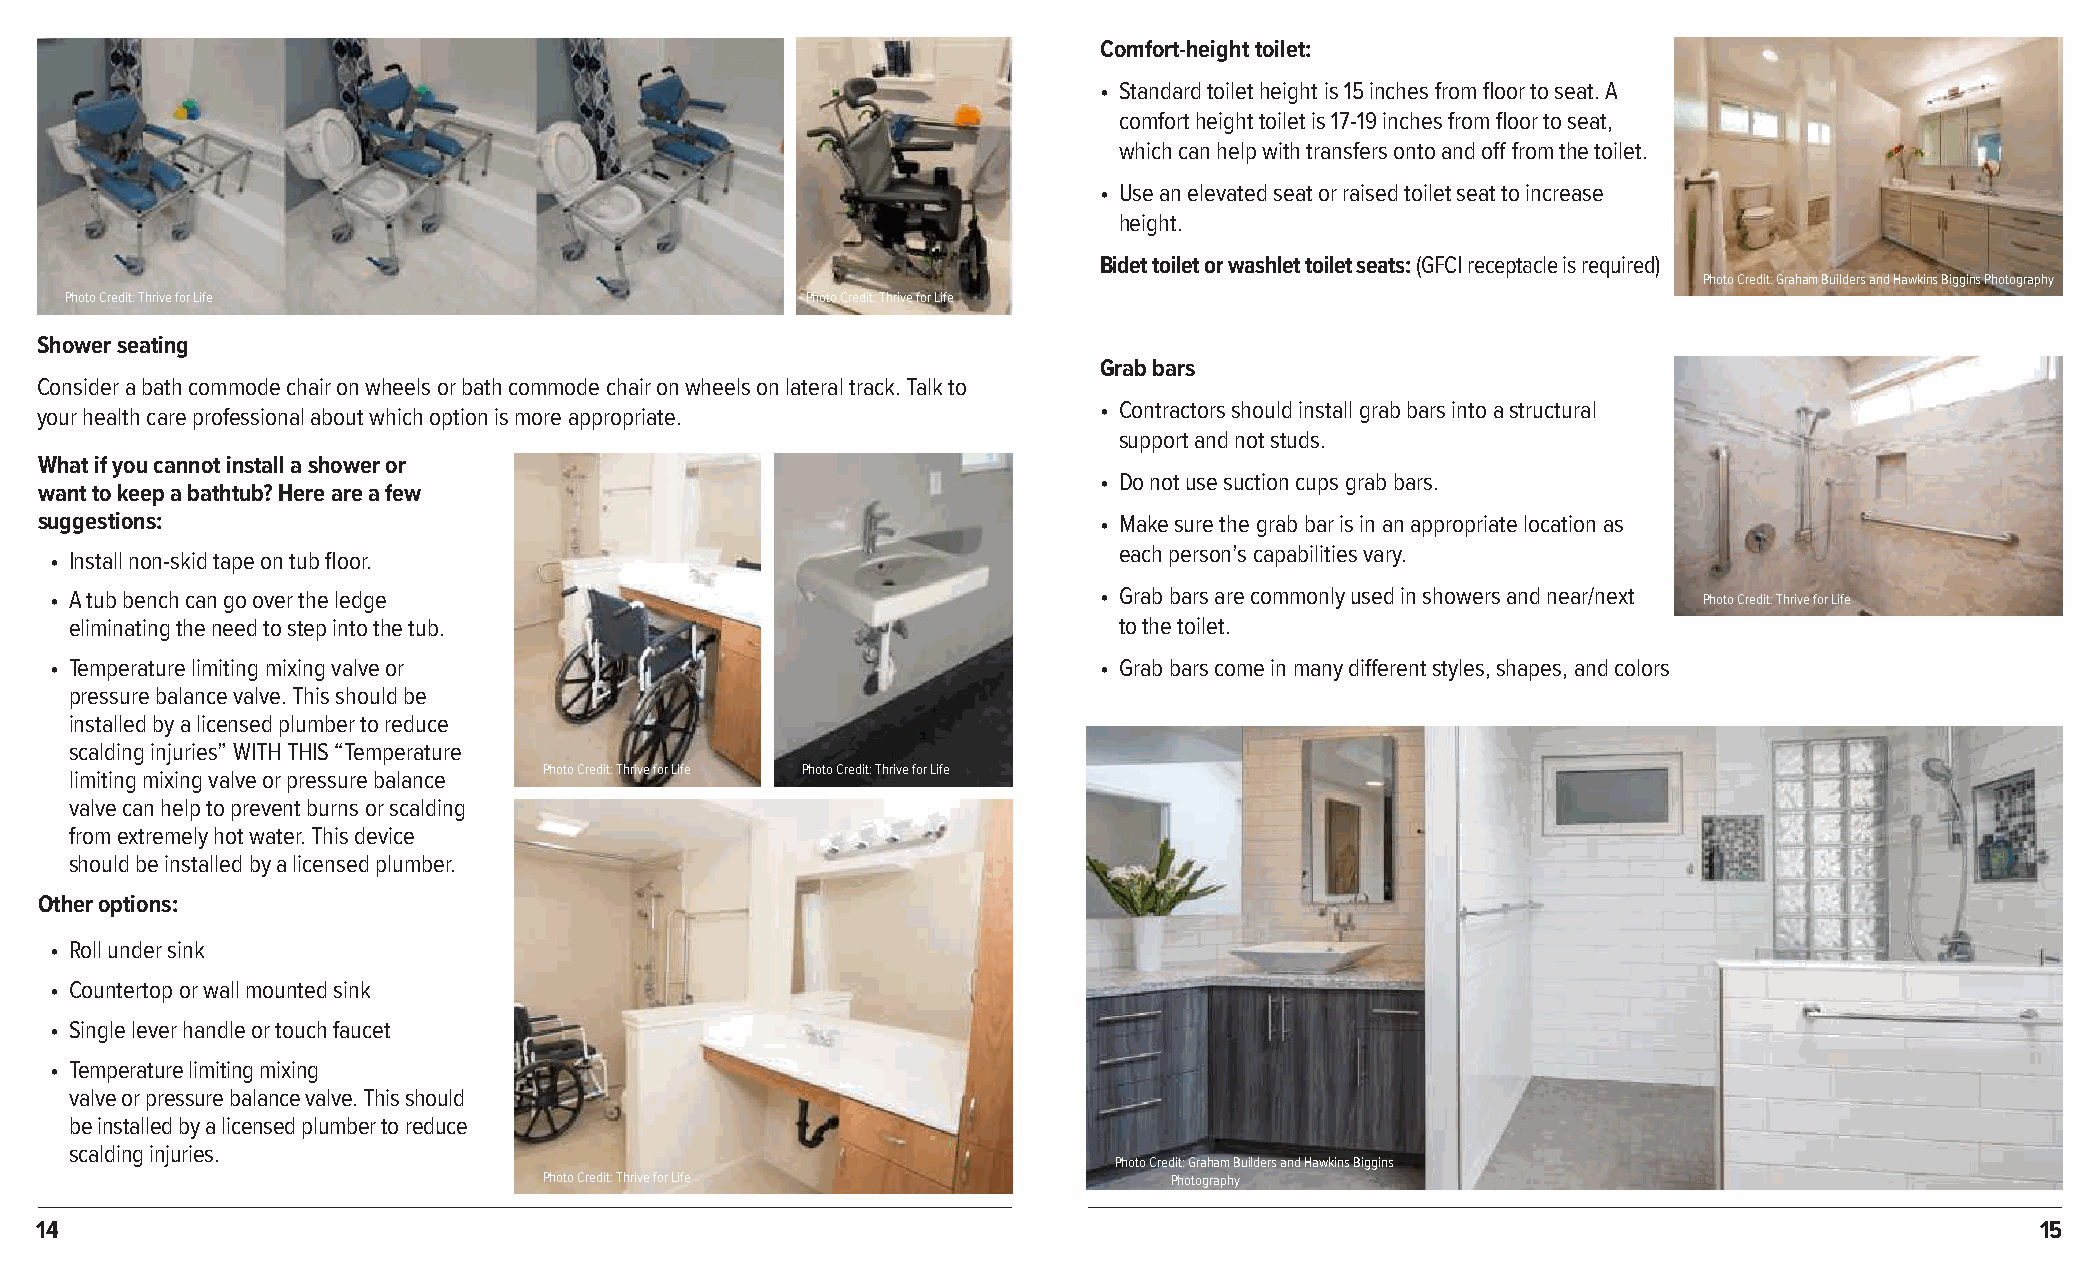
Comfort-height toilet:
 • Standard toilet height is 15 inches from floor to seat. A
 comfort height toilet is 17-19 inches from floor to seat,
 which can help with transfers onto and off from the toilet.
 • Use an elevated seat or raised toilet seat to increase
 height.
 Bidet toilet or washlet toilet seats: (GFCI receptacle is required)
 Photo Credit: Graham Builders and Hawkins Biggins Photography
 Photo Credit: Thrive for Life                    Photo Credit: Thrive for Life
 Shower seating
 Grab bars
 Consider a bath commode chair on wheels or bath commode chair on wheels on lateral track. Talk to
 • Contractors should install grab bars into a structural
 your health care professional about which option is more appropriate.
 support and not studs.
 What if you cannot install a shower or
 • Do not use suction cups grab bars.
 want to keep a bathtub? Here are a few
 suggestions:                                                           • Make sure the grab bar is in an appropriate location as
 each person’s capabilities vary.
 • Install non-skid tape on tub floor.
 • A tub bench can go over the ledge                                   • Grab bars are commonly used in showers and near/next Photo Credit: Thrive for Life
 eliminating the need to step into the tub.                           to the toilet.
 • Temperature limiting mixing valve or                                • Grab bars come in many different styles, shapes, and colors
 pressure balance valve. This should be
 installed by a licensed plumber to reduce
 scalding injuries” WITH THIS “Temperature
 Photo Credit: Thrive for Life Photo Credit: Thrive for Life
 limiting mixing valve or pressure balance
 valve can help to prevent burns or scalding
 from extremely hot water. This device
 should be installed by a licensed plumber.
 Other options:
 • Roll under sink
 • Countertop or wall mounted sink
 • Single lever handle or touch faucet
 • Temperature limiting mixing
 valve or pressure balance valve. This should
 be installed by a licensed plumber to reduce
 scalding injuries.
 Photo Credit: Graham Builders and Hawkins Biggins
 Photo Credit: Thrive for Life             Photography
 14                                                                                                                                   15